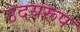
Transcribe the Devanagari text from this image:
उदयरूप